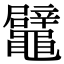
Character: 鼊